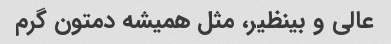
عالی و بینظیر، مثل همیشه دمتون گرم